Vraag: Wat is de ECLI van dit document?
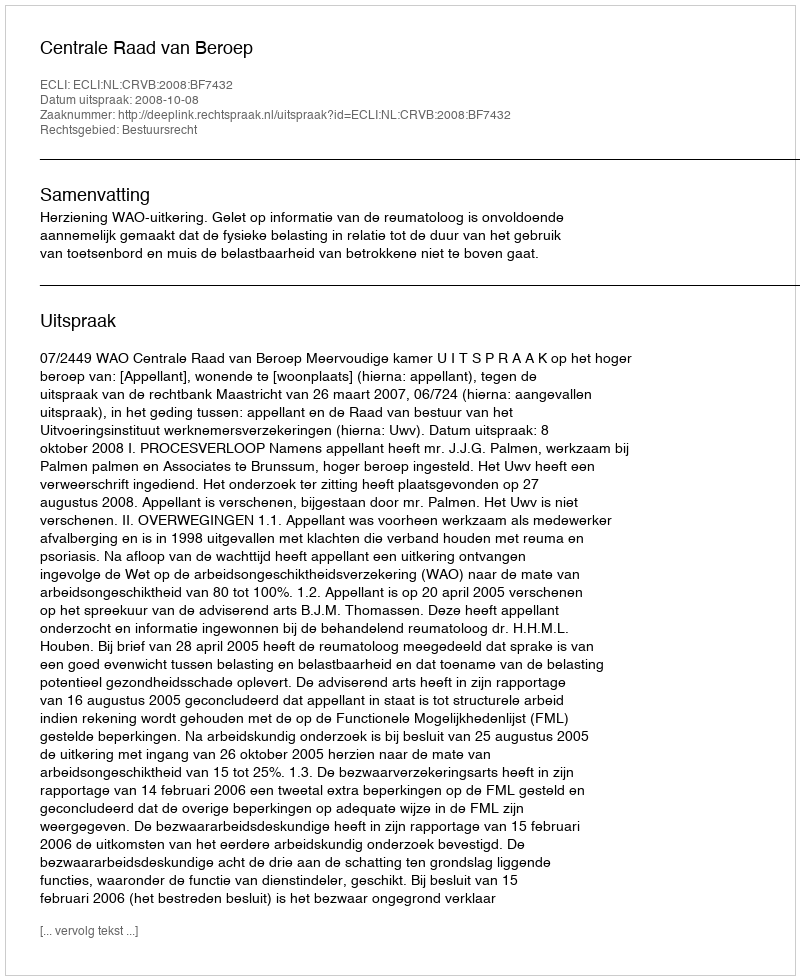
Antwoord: ECLI:NL:CRVB:2008:BF7432